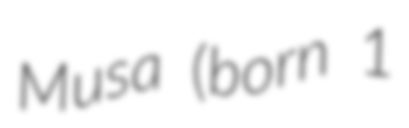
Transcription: Musa (born 1